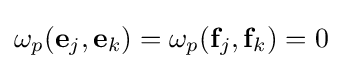
\omega _{p}({\mathbf {e} }_{j},{\mathbf {e} }_{k})=\omega _{p}({\mathbf {f} }_{j},{\mathbf {f} }_{k})=0